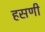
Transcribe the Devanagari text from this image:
हसणी